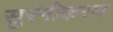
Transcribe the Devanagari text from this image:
सुरंगीकरण